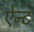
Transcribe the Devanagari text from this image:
ऐन्ट